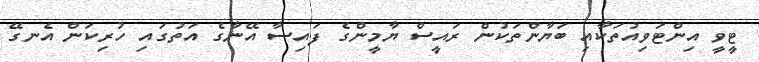
ޓީވީ އިންޓަވިއުތަކާއި ބަޔާންތަކުން ރައީސް ޔާމީންގެ ފައިސާ އޭނާގެ އަތުގައި ހުރިކަން އެނގޭ